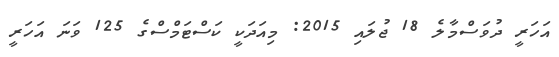
އަހަރީ ދުވަސްމާލެ 18 ޖުލައި 2015: މިއަދަކީ ކަސްޓަމްސްގެ 125 ވަނަ އަހަރީ